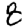
Digit: 8